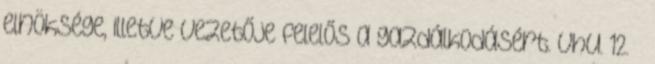
elnöksége, illetve vezetője felelős a gazdálkodásért. Vhu. 12. §